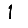
Digit: 1